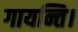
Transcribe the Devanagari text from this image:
गायन्ति।